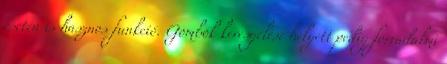
esetén is hasznos funkció. Gombok keresgélése helyett pedig forradalmi